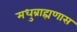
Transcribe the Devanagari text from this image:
मधुब्राह्मणास